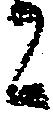
ニ